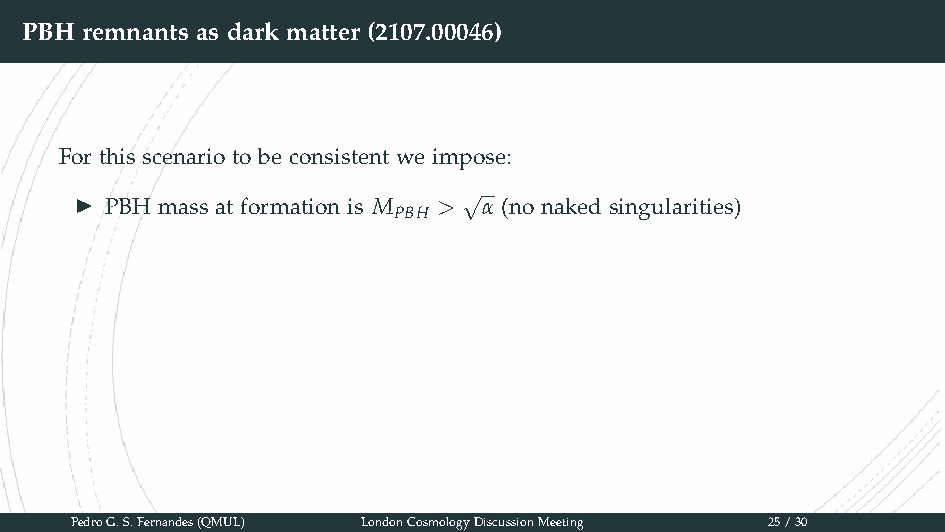
▶
 By the time the Hubble rate reaches its value today, the density of dark matter
 and radiation must be in their correct ratio
 ▶ The Hubble rate at the time of PBH formation is H ∗ < 10−6M pl (by GW
 constraints)
 ▶
 z > z ≈ 3400 (to avoid relic production occurring after matter-radiation
 ev eq
 equality)
 PBH remnants as dark matter (2107.00046)
 For this scenario to be consistent we impose:
 √
 ▶
 PBH mass at formation is M > α (no naked singularities)
 PBH
 PedroG.S.Fernandes(QMUL) LondonCosmologyDiscussionMeeting 25/30